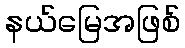
နယ်မြေအဖြစ်